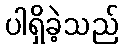
ပါရှိခဲ့သည်